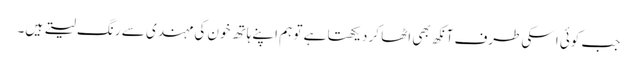
جب کوئی اسکی طرف آنکھ بھی اٹھا کر دیکھتا ہے تو ہم اپنے ہاتھ خون کی مہندی سے رنگ لیتے ہیں۔